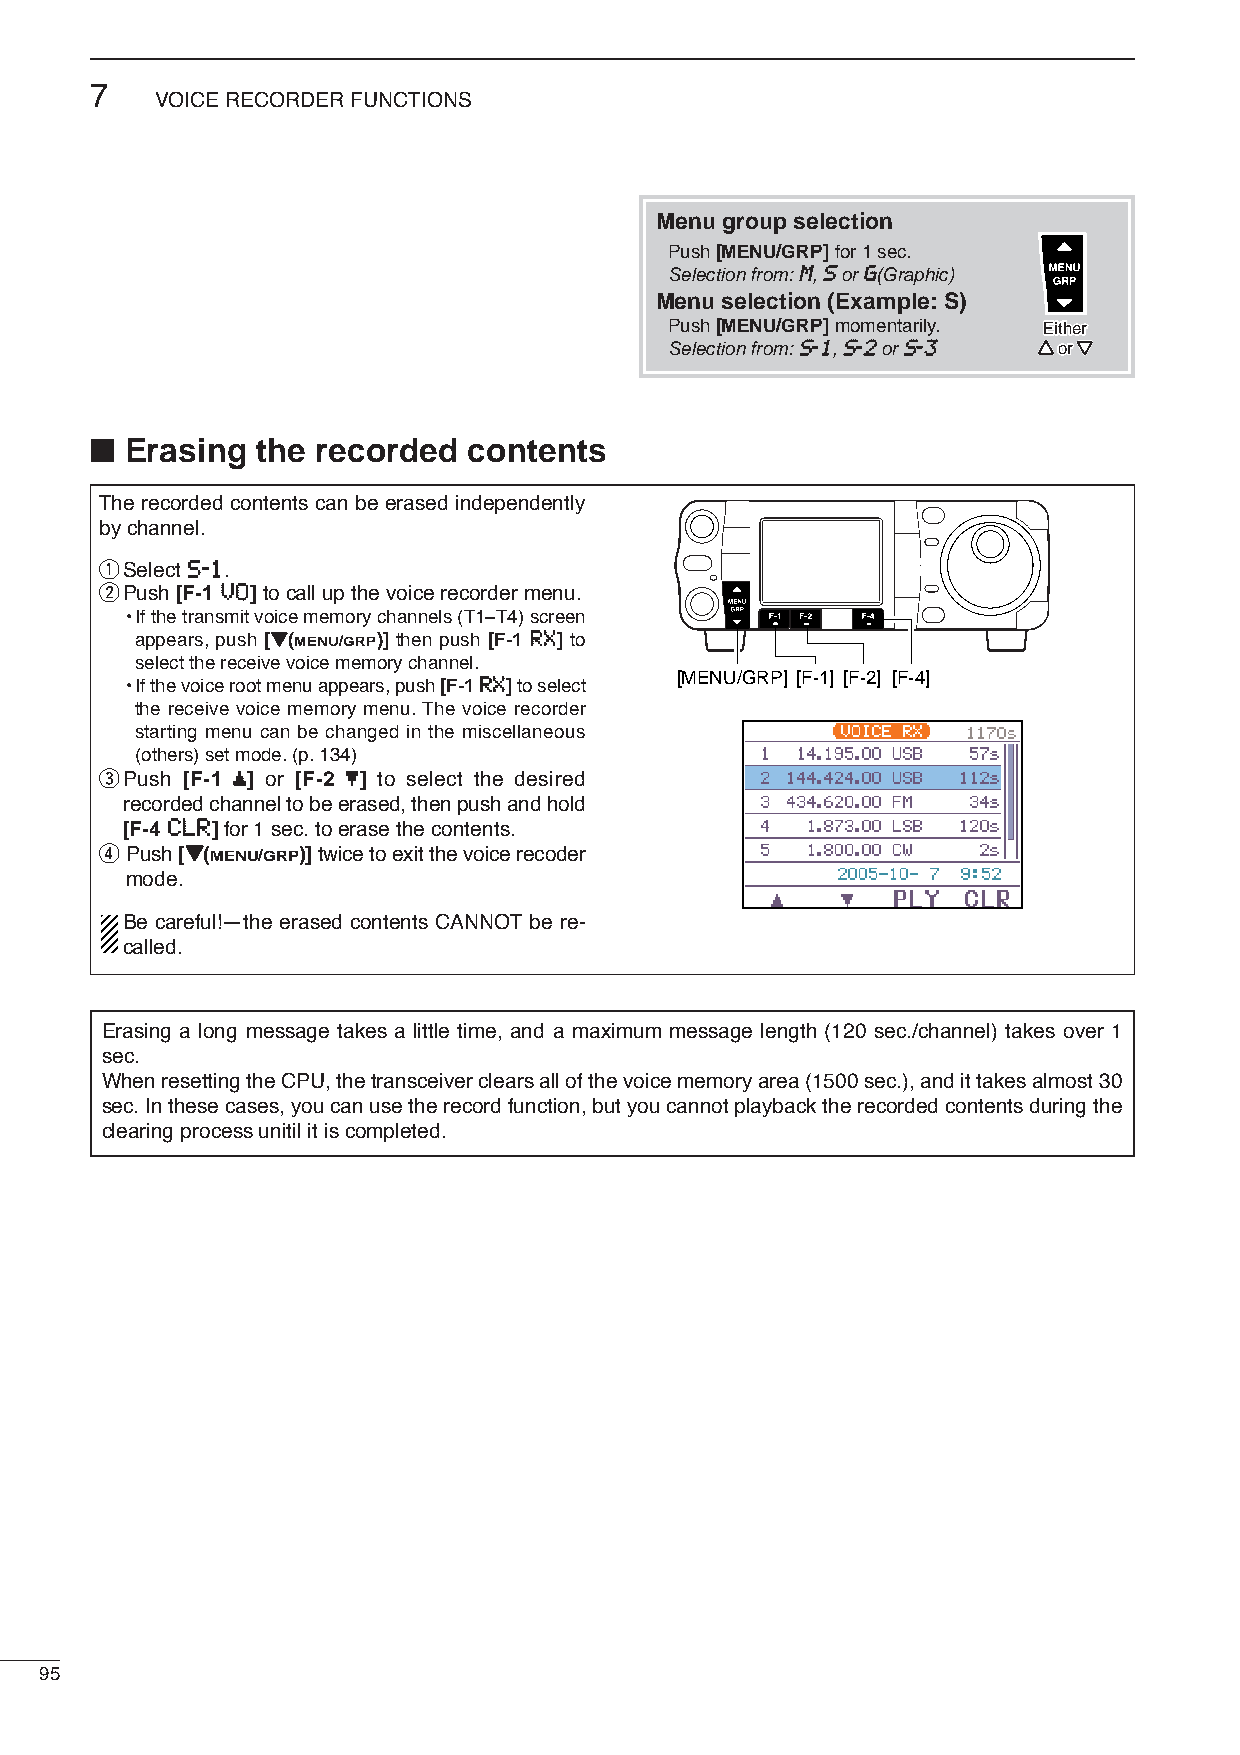
7
 VOICE RECORDER FUNCTIONS
 Menu group selection
 Push [MENU/GRP]for 1 sec.
 Selection from: MM, SSor GG(Graphic)
 Menu selection (Example: S)
 Push [MENU/GRP]momentarily. EEiitthheerr
 Selection from: SS--11, SS--22or SS--33 YY oorr ZZ
 ■
 Erasing  the recorded  contents
 The recorded contents can be erased independently
 by channel.
 qSelect SS--11.
 wPush [F-1 VVOO]to call up the voice recorder menu.
 •If the transmit voice memory channels (T1–T4) screen
 appears, push [ZZ(MENU/GRP)] then push [F-1 RRXX] to
 select the receive voice memory channel.
 •If the voice root menu appears, push [F-1 RRXX]to select [MENU/GRP] [F-1] [F-2] [F-4]
 the receive voice memory menu. The voice recorder
 starting menu can be changed in the miscellaneous
 (others) set mode.(p. 134)
 ePush [F-1 ≤≤] or [F-2 ≥≥] to select the desired
 recorded channel to be erased, then push and hold
 [F-4 CCLLRR]for 1 sec. to erase the contents.
 rPush[ZZ(MENU/GRP)]twice to exitthe voice recoder
 mode.
 Be careful!—the erased contents CANNOT be re-
 called.
 Erasing a long message takes a little time, and a maximum message length (120 sec./channel) takes over 1
 sec.
 When resetting the CPU, the transceiver clears all of the voice memory area (1500 sec.), and it takes almost 30
 sec. In these cases, you can use the record function, but you cannot playback the recorded contents during the
 clearing process unitil it is completed.
 95